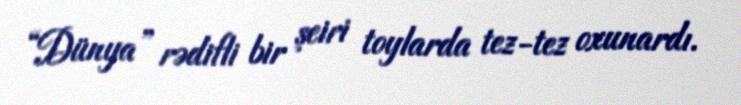
“Dünya” rədifli bir şeiri toylarda tez-tez oxunardı.